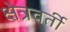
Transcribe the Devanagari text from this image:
क्षेत्रवर्ती